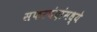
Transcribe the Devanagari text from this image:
सफरचंदांमध्ये